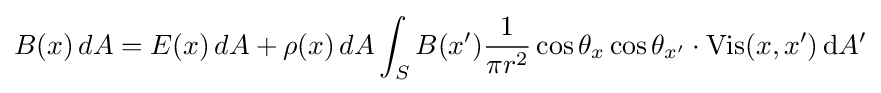
B(x)\,dA=E(x)\,dA+\rho (x)\,dA\int _{S}B(x'){\frac {1}{\pi r^{2}}}\cos \theta _{x}\cos \theta _{x'}\cdot \mathrm {Vis} (x,x')\,\mathrm {d} A'